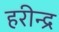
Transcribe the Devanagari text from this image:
हरीन्द्र